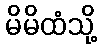
မိမိထံသို့